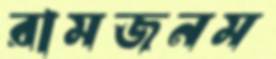
রামজনম